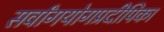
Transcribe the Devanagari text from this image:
सर्वांगयोगप्रदीपिका